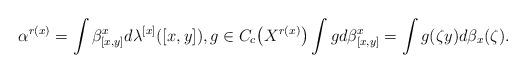
LaTeX: \begin{gather*}\alpha^{r(x)}=\int \beta^x_{[x,y]}d\lambda^{[x]}([x,y]),g\in C_c\big(X^{r(x)}\big)\int g d\beta^x_{[x,y]}=\int g(\zeta y)d\beta_x(\zeta).\end{gather*}